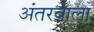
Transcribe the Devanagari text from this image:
अंतरवाला